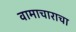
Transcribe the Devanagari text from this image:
वामाचाराचा